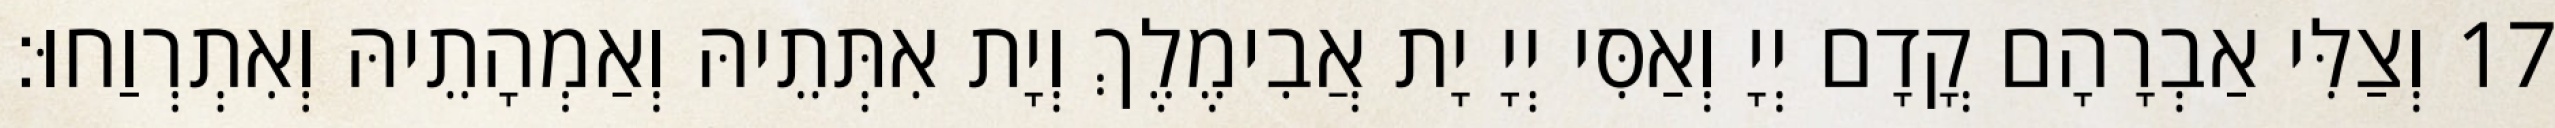
17 וְצַלִּי אַבְרָהָם קֳדָם יְיָ וְאַסִּי יְיָ יָת אֲבִימֶלֶךְ וְיָת אִתְּתֵיהּ וְאַמְהָתֵיהּ וְאִתְרְוַחוּ׃